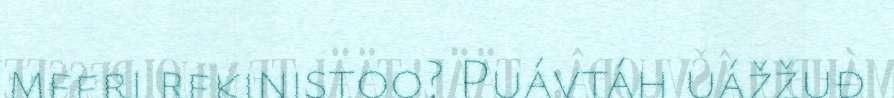
meeri rekinistoo? Puávtáh uážžuđ